Source: Handwritten
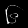
Digit: ၆ (6)